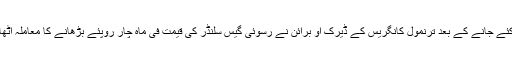
ایوان کی کارروائی شروع ہونے اور ضروری دستاویز پیش کئے جانے کے بعد ترنمول کانگریس کے ڈیرک او برائن نے رسوئی گیس سلنڈر کی قیمت فی ماہ چار روپئے بڑھانے کا معاملہ اٹھاتے ہوئے کہا کہ حکومت اس پر سبسڈی ختم کرنا چاہتی ہے۔